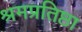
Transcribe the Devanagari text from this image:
श्रमप्रतिष्ठा